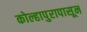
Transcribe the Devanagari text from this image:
कोल्हापुरापासून